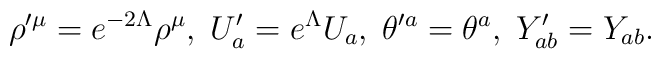
\rho'^{\mu}=e^{-2\Lambda}\rho^\mu, \;  U'_a=e^\Lambda U_a, \; \theta'^{a}=\theta^{a}, \;  Y'_{ab}=Y_{ab}.